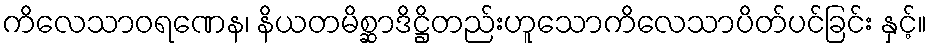
ကိလေသာဝရဏေန၊ နိယတမိစ္ဆာဒိဋ္ဌိတည်းဟူသောကိလေသာပိတ်ပင်ခြင်း နှင့်။